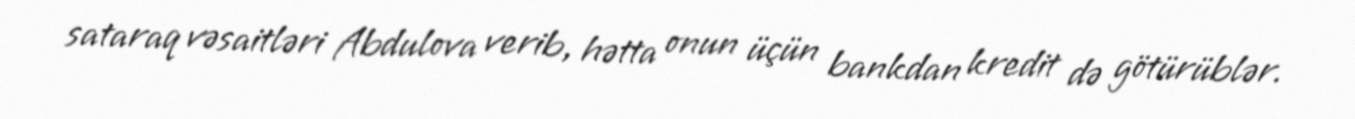
sataraq vəsaitləri Abdulova verib, hətta onun üçün bankdan kredit də götürüblər.